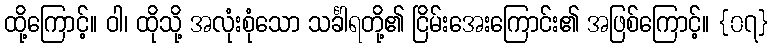
ထို့ကြောင့်။ ဝါ၊ ထိုသို့ အလုံးစုံသော သင်္ခါရတို့၏ ငြိမ်းအေးကြောင်း၏ အဖြစ်ကြောင့်။ {၀၇}